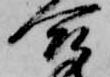
合